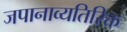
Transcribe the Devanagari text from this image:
जपानाव्यतिरिक्त